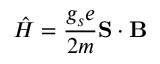
{ \hat { H } } = { \frac { g _ { s } e } { 2 m } } \mathbf { S } \cdot \mathbf { B }